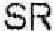
SR